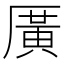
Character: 𪠓